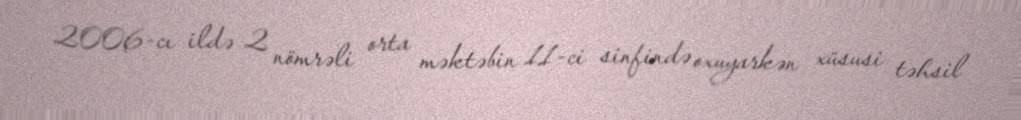
2006-cı ildə 2 nömrəli orta məktəbin 11-ci sinfində oxuyarkən xüsusi təhsil